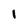
Character: 1